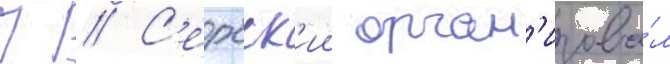
П // С'ербск'ии орган'изова́л